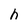
Character: h